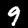
Label: 9